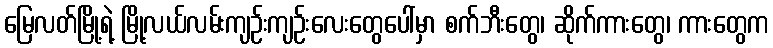
မြေလတ်မြို့ရဲ့ မြို့လယ်လမ်းကျဉ်းကျဉ်းလေးတွေပေါ်မှာ စက်ဘီးတွေ၊ ဆိုက်ကားတွေ၊ ကားတွေက